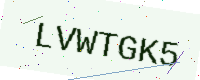
Text: LVWTGK5